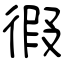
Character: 徦